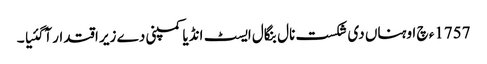
1757ء چ اوہناں دی شکست نال بنگال ایسٹ انڈیا کمپنی دے زیر اقتدار آگئیا ۔